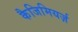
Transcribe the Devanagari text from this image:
कैजिमियर्ज़